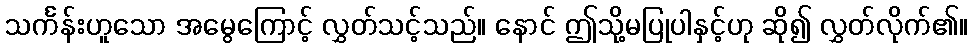
သင်္ကန်းဟူသော အမွေကြောင့် လွှတ်သင့်သည်။ နောင် ဤသို့မပြုပါနှင့်ဟု ဆို၍ လွှတ်လိုက်၏။